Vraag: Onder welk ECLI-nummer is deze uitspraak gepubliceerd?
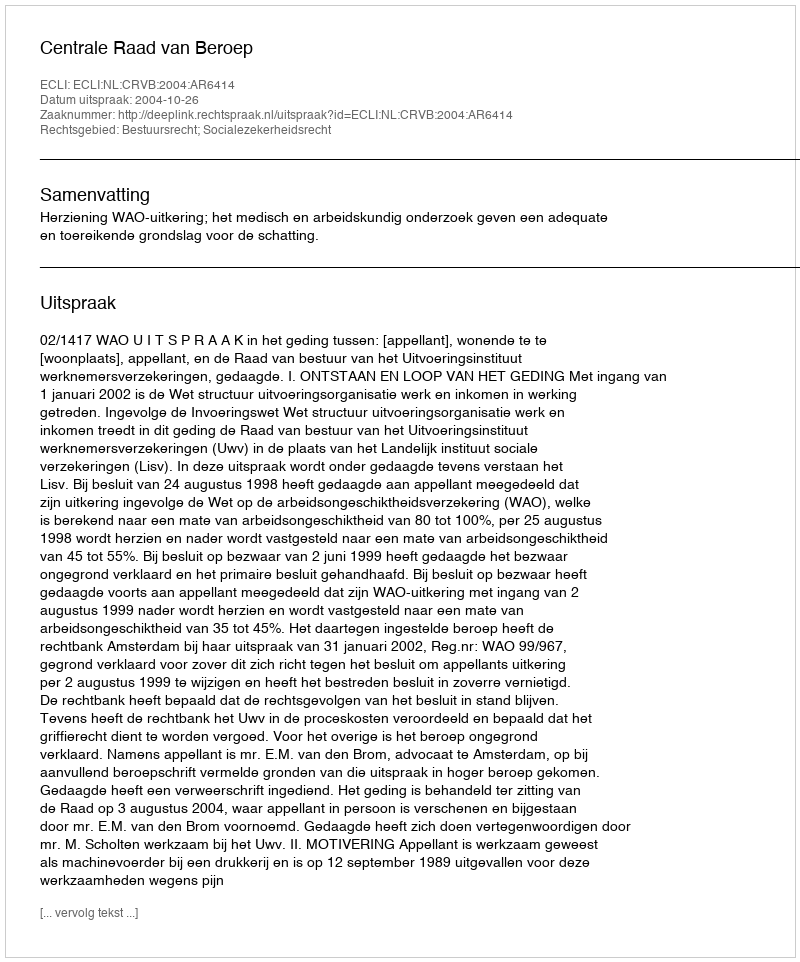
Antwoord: ECLI:NL:CRVB:2004:AR6414